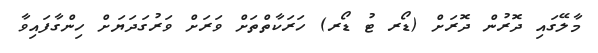
މާލޭގައި ދޮރުން ދޮރަށް (ޑޯރ ޓު ޑޯރ) ހަރަކާތްތަށް ވަރަށް ވަރުގަދަޔަށް ހިންގާފައިވާ